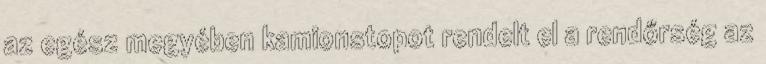
az egész megyében kamionstopot rendelt el a rendőrség az